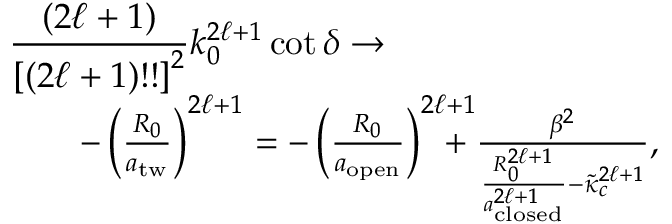
\begin{array} { r l r } { \lefteqn { \frac { ( 2 \ell + 1 ) } { \left[ ( 2 \ell + 1 ) ! ! \right] ^ { 2 } } k _ { 0 } ^ { 2 \ell + 1 } \cot \delta \rightarrow } } \\ & { } & { - \left( \frac { R _ { 0 } } { a _ { \mathrm { t w } } } \right) ^ { 2 \ell + 1 } = - \left( \frac { R _ { 0 } } { a _ { \mathrm { o p e n } } } \right) ^ { 2 \ell + 1 } \! \! \! \! \! \! \! + \frac { \beta ^ { 2 } } { \frac { R _ { 0 } ^ { 2 \ell + 1 } } { a _ { \mathrm { c l o s e d } } ^ { 2 \ell + 1 } } - \tilde { \kappa } _ { c } ^ { 2 \ell + 1 } } , } \end{array}